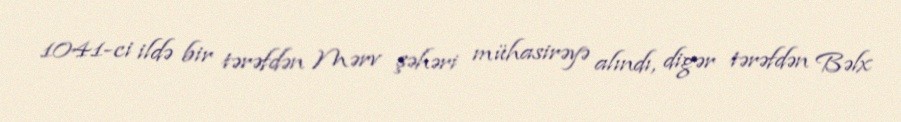
1041-ci ildə bir tərəfdən Mərv şəhəri mühasirəyə alındı, digər tərəfdən Bəlx